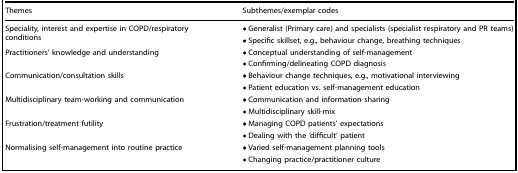
<table><thead><tr><td><b>Themes</b></td><td><b>Subthemes/exemplar codes</b></td></tr></thead><tbody><tr><td rowspan="2">Speciality, interest and expertise in COPD/respiratory conditions</td><td>• Generalist (Primary care) and specialists (specialist respiratory and PR teams)</td></tr><tr><td>• Specific skillset, e.g., behaviour change, breathing techniques</td></tr><tr><td rowspan="2">Practitioners’ knowledge and understanding</td><td>• Conceptual understanding of self-management</td></tr><tr><td>• Confirming/delineating COPD diagnosis</td></tr><tr><td rowspan="2">Communication/consultation skills</td><td>• Behaviour change techniques, e.g., motivational interviewing</td></tr><tr><td>• Patient education vs. self-management education</td></tr><tr><td rowspan="2">Multidisciplinary team-working and communication</td><td>• Communication and information sharing</td></tr><tr><td>• Multidisciplinary skill-mix</td></tr><tr><td rowspan="2">Frustration/treatment futility</td><td>• Managing COPD patients’ expectations</td></tr><tr><td>• Dealing with the ‘difficult’ patient</td></tr><tr><td rowspan="2">Normalising self-management into routine practice</td><td>• Varied self-management planning tools</td></tr><tr><td>• Changing practice/practitioner culture</td></tr></tbody></table>